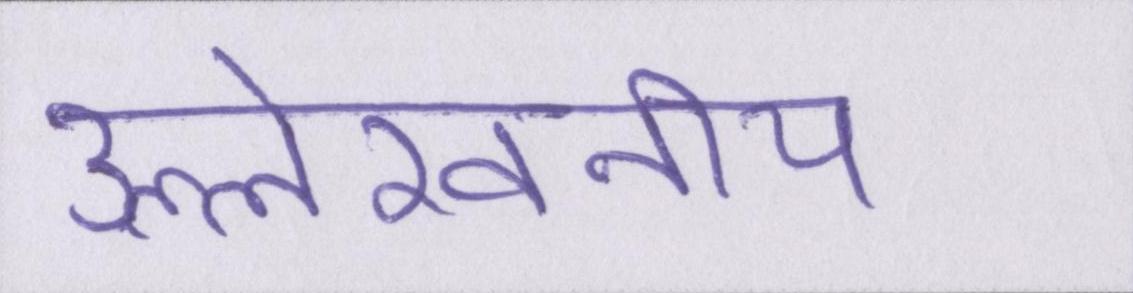
उल्लेखनीय